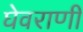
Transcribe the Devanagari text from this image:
घेवराणी